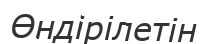
Өндірілетін